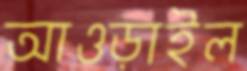
আওড়াইল